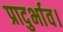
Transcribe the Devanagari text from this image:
प्रादुर्भाव।